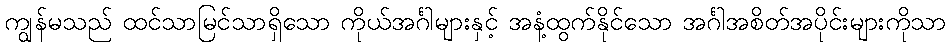
ကျွန်မသည် ထင်သာမြင်သာရှိသော ကိုယ်အင်္ဂါများနှင့် အနံ့ထွက်နိုင်သော အင်္ဂါအစိတ်အပိုင်းများကိုသာ